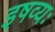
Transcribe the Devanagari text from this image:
इषव्यः